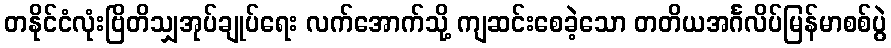
တနိုင်ငံလုံးဗြိတိသျှအုပ်ချုပ်ရေး လက်အောက်သို့ ကျဆင်းစေခဲ့သော တတိယအင်္ဂလိပ်မြန်မာစစ်ပွဲ